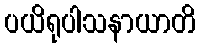
ပယိရုပါသနာယာတိ